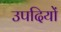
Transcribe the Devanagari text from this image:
उपदियों